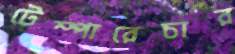
টেম্পারেচার